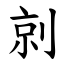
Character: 剠